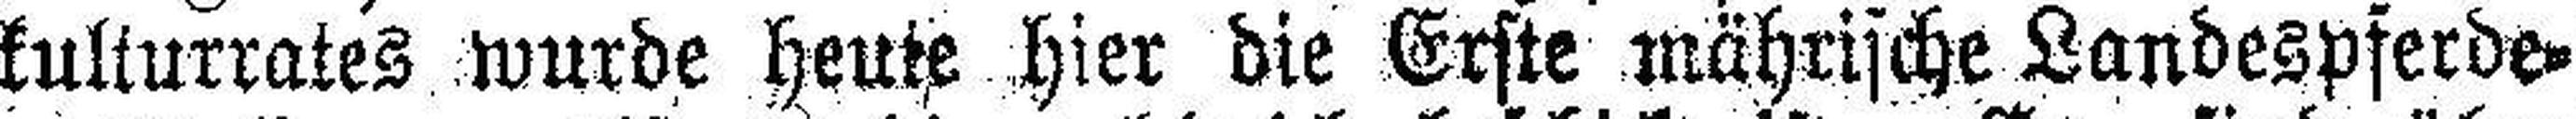
kulturrates wurde heute hier die Erste mährische Landespferde¬